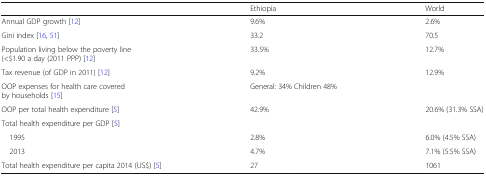
<table><thead><tr><td></td><td><b>Ethiopia</b></td><td><b>World</b></td></tr></thead><tbody><tr><td>Annual GDP growth [12]</td><td>9.6%</td><td>2.6%</td></tr><tr><td>Gini index [16, 51]</td><td>33.2</td><td>70.5</td></tr><tr><td>Population living below the poverty line (&lt;$1.90 a day (2011 PPP) [12]</td><td>33.5%</td><td>12.7%</td></tr><tr><td>Tax revenue (of GDP in 2011) [12]</td><td>9.2%</td><td>12.9%</td></tr><tr><td>OOP expenses for health care covered by households [15]</td><td>General: 34% Children 48%</td><td></td></tr><tr><td>OOP per total health expenditure [5]</td><td>42.9%</td><td>20.6% (31.3% SSA)</td></tr><tr><td colspan="3">Total health expenditure per GDP [5]</td></tr><tr><td> 1995</td><td>2.8%</td><td>6.0% (4.5% SSA)</td></tr><tr><td> 2013</td><td>4.7%</td><td>7.1% (5.5% SSA)</td></tr><tr><td>Total health expenditure per capita 2014 (US$) [5]</td><td>27</td><td>1061</td></tr></tbody></table>